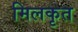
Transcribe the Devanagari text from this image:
मिलकृत